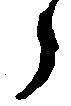
々